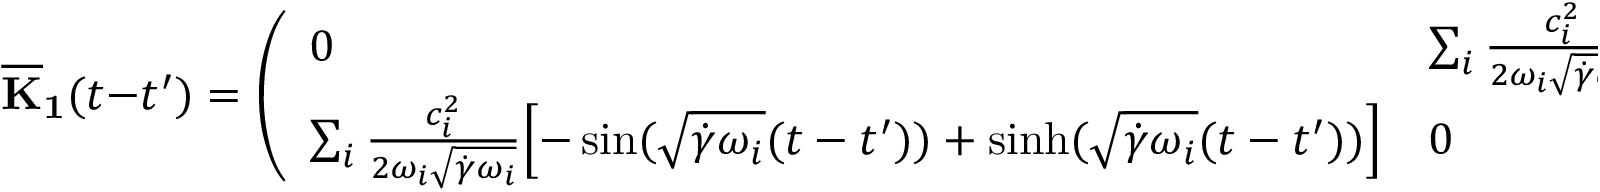
\mathbf { { \overline { { K } } _ { 1 } } } ( t - t ^ { \prime } ) = \left( \begin{array} { l l } { 0 } & { \sum _ { i } \frac { c _ { i } ^ { 2 } } { 2 \omega _ { i } \sqrt { \dot { \gamma } \omega _ { i } } } \Bigl [ \sin ( \sqrt { \dot { \gamma } \omega _ { i } } ( t - t ^ { \prime } ) ) - \sinh ( \sqrt { \dot { \gamma } \omega _ { i } } ( t - t ^ { \prime } ) ) \Bigr ] } \\ { \sum _ { i } \frac { c _ { i } ^ { 2 } } { 2 \omega _ { i } \sqrt { \dot { \gamma } \omega _ { i } } } \Bigl [ - \sin ( \sqrt { \dot { \gamma } \omega _ { i } } ( t - t ^ { \prime } ) ) + \sinh ( \sqrt { \dot { \gamma } \omega _ { i } } ( t - t ^ { \prime } ) ) \Bigr ] } & { 0 } \end{array} \right)